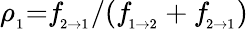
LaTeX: \rho_{_1}{=}f\! _{_{2{\rightarrow}1}}/(f\! _{_{1{\rightarrow}2}}+f\! _{_{2{\rightarrow}1}})